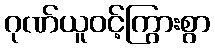
ဂုဏ်ယူဝင့်ကြွားစွာ